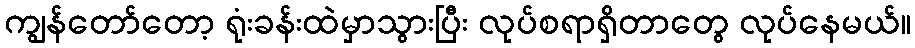
ကျွန်တော်တော့ ရုံးခန်းထဲမှာသွားပြီး လုပ်စရာရှိတာတွေ လုပ်နေမယ်။